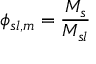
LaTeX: \phi _ { s l , m } = { \frac { M _ { s } } { M _ { s l } } }